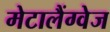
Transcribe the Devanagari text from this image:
मेटालैंग्वेज